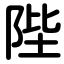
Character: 陛